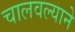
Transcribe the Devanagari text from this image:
चालवल्याने